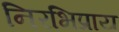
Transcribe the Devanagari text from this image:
निरभिप्राय